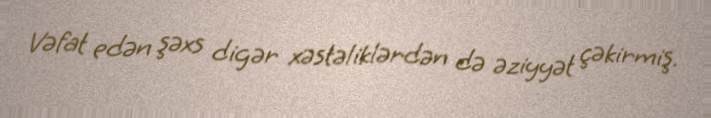
Vəfat edən şəxs digər xəstəliklərdən də əziyyət çəkirmiş.